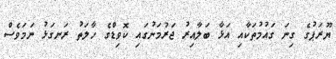
ޔޫރަޕުގެ ގިނަ ގައުމުތަކާއި އަޅާ ބަލާއިރު ޖަރުމަނުގައި ކޮވިޑްގެ ހާލަތު ރަނގަޅު ނަމަވެސް